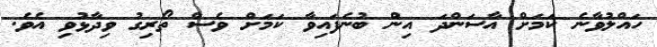
ހައްލުވާނެ ކަމަށް އާސަންދަ އިން ބުނެފައިވާ ކަމަށް ވެސް ތޯރިގު ވިދާޅުވި އެވެ.